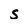
Character: s